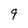
Character: 9